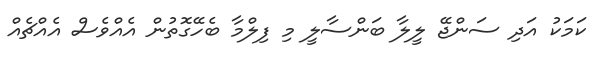
ކަމަކު އަދި ސަންޖޭ ލީލާ ބަންސާލީ މި ފިލްމާ ބެހޭގޮތުން އެއްވެސް އެއްޗެއް